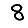
Digit: 8